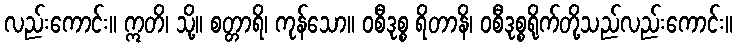
လည်းကောင်း။ ဣတိ၊ သို့။ စတ္တာရိ၊ ကုန်သော။ ဝစီဒုစ္စ ရိတာနိ၊ ဝစီဒုစ္စရိုက်တို့သည်လည်းကောင်း။